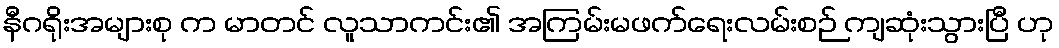
နီဂရိုးအများစု က မာတင် လူသာကင်း၏ အကြမ်းမဖက်ရေးလမ်းစဉ် ကျဆုံးသွားပြီ ဟု